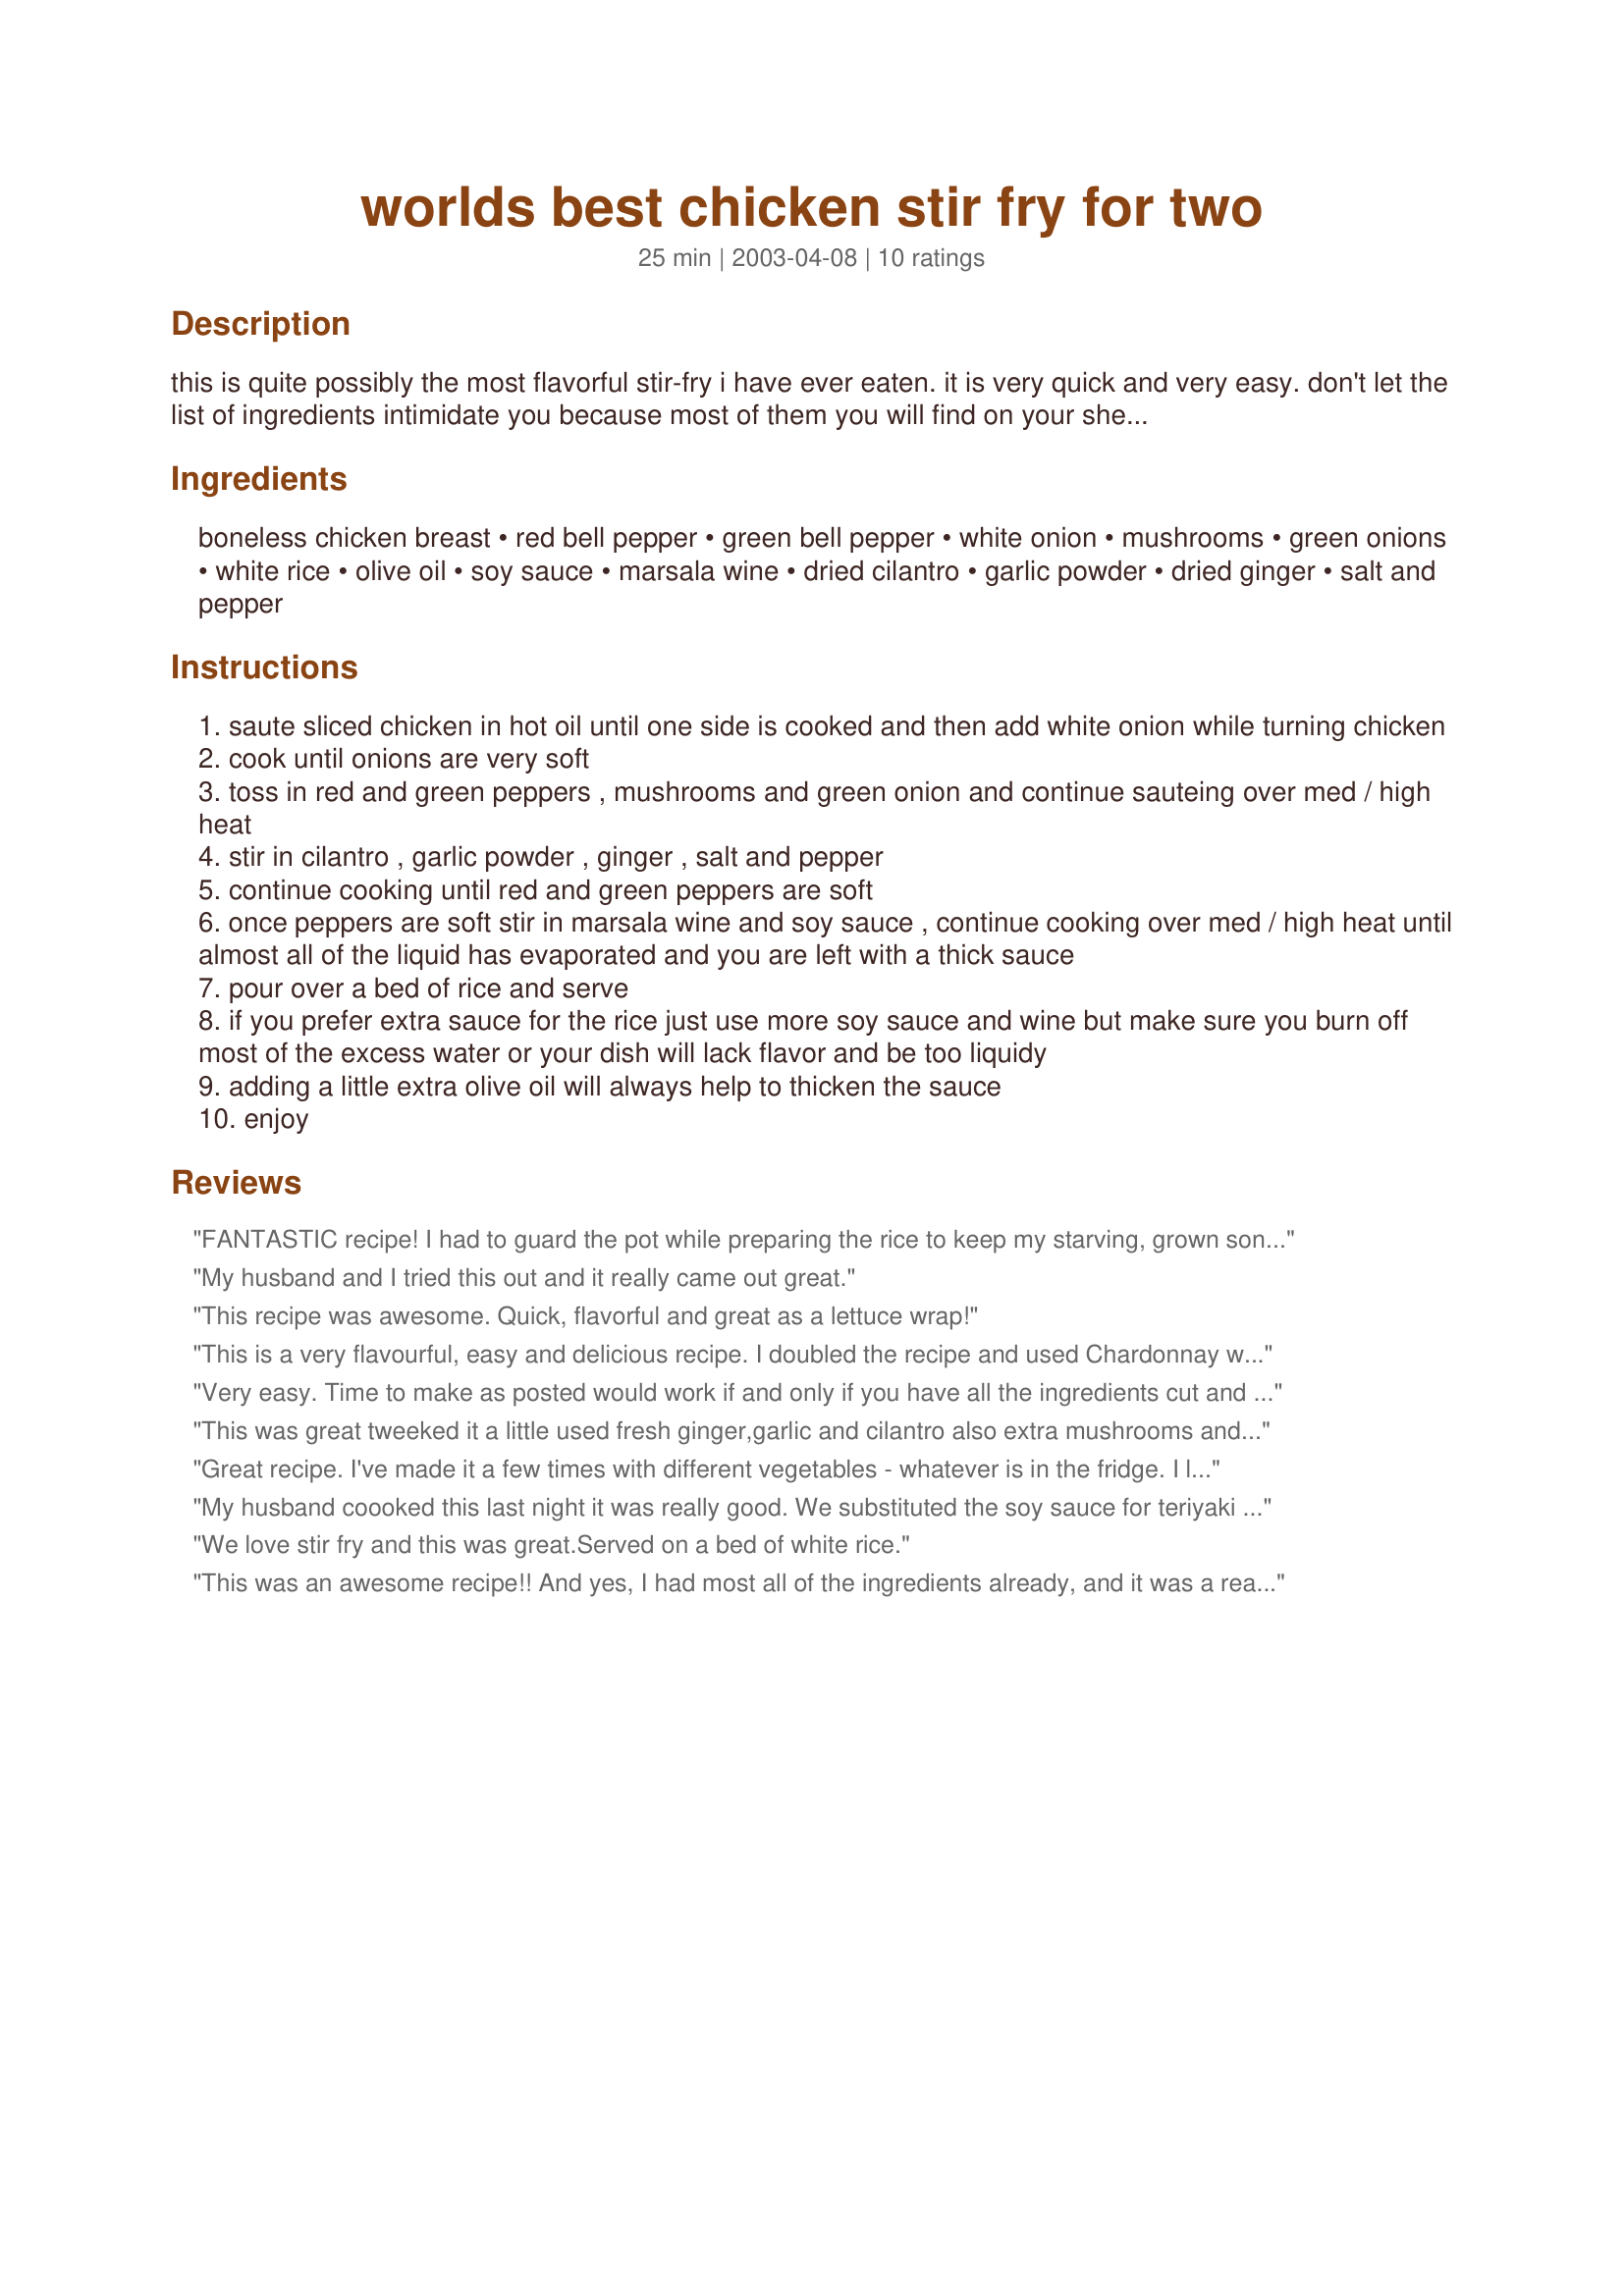
worlds best chicken stir fry for two
Preparation time: 25 minutes

this is quite possibly the most flavorful stir-fry i have ever eaten. it is very quick and very easy. don't let the list of ingredients intimidate you because most of them you will find on your shelf already. enjoy, chef david magazu.

Ingredients:
boneless chicken breast, red bell pepper, green bell pepper, white onion, mushrooms, green onions, white rice, olive oil, soy sauce, marsala wine, dried cilantro, garlic powder, dried ginger, salt and pepper

Steps:
saute sliced chicken in hot oil until one side is cooked and then add white onion while turning chicken
cook until onions are very soft
toss in red and green peppers , mushrooms and green onion and continue sauteing over med / high heat
stir in cilantro , garlic powder , ginger , salt and pepper
continue cooking until red and green peppers are soft
once peppers are soft stir in marsala wine and soy sauce , continue cooking over med / high heat until almost all of the liquid has evaporated and you are left with a thick sauce
pour over a bed of rice and serve
if you prefer extra sauce for the rice just use more soy sauce and wine but make sure you burn off most of the excess water or your dish will lack flavor and be too liquidy
adding a little extra olive oil will always help to thicken the sauce
enjoy

Reviews:
FANTASTIC recipe! I had to guard the pot while preparing the rice to keep my starving, grown son out of it. Thanks for sharing such " good thing."
My husband and I tried this out and it really came out great.
This recipe was awesome. Quick, flavorful and great as a lettuce wrap!
This is a very flavourful, easy and delicious recipe. I doubled the recipe and used Chardonnay wine since it is all I had on hand. I also added some sliced celery and cabbage. I can see lots of possibilities with this recipe. Thank you for posting.
Very easy. Time to make as posted would work if and only if you have all the ingredients cut and premeasured. I followed directions only changing my ingredients and I added a splash of orange juice and used sesame oil instead ofolive oil. My husband immediately upon tasting it complimented on how good it was. I would recommend this recipe.
This was great tweeked it a little used fresh ginger,garlic and cilantro also extra mushrooms and a small amount of bok - cho I did not have Marsala but I had Medara oh had and they are so close to the same ....it was yummy enjoyed it and will make again soon
Great recipe. I've made it a few times with different vegetables - whatever is in the fridge. I love the combination of soy and marsala. Sometimes, though, I add a little chilli. Yum.
My husband coooked this last night it was really good. We substituted the soy sauce for teriyaki marinade and sauce and doubled the veggies. Then me and him like heat so we added some hot oil. It was very good!
We love stir fry and this was great.Served on a bed of white rice.
This was an awesome recipe!! And yes, I had most all of the ingredients already, and it was a really easy recipe! I tried the sweet Marsala wine and really enjoyed it, in the recipe of course! Thanks!! Lisa
